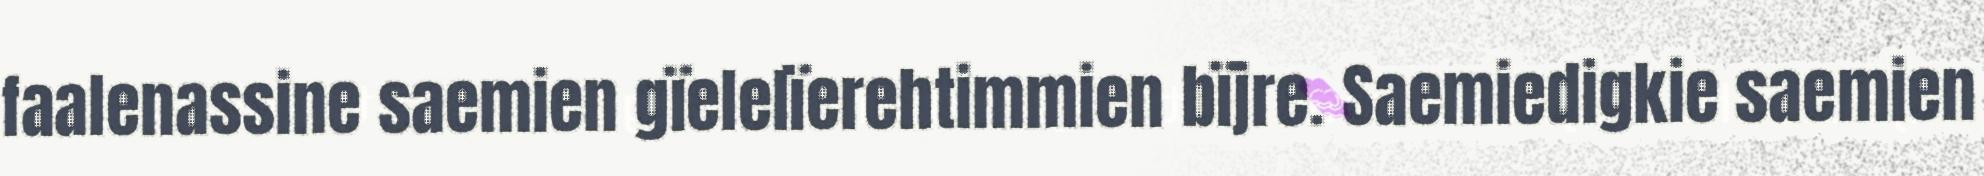
faalenassine saemien gïelelïerehtimmien bïjre. Saemiedigkie saemien